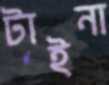
টাইনা